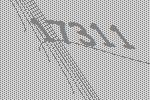
17311